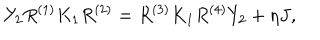
LaTeX: Y _ { 2 } R ^ { ( 1 ) } K _ { 1 } R ^ { ( 2 ) } = R ^ { ( 3 ) } K _ { 1 } R ^ { ( 4 ) } Y _ { 2 } + \eta J ,